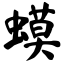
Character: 蟆